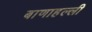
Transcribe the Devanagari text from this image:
बाणाहल्ली